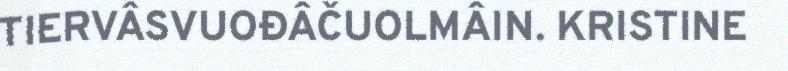
TIERVÂSVUOĐÂČUOLMÂIN. KRISTINE